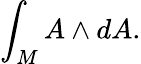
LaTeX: \int_{M}A\wedge dA.